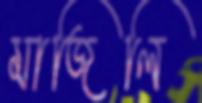
মাজিলি